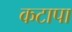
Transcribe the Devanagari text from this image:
कटापा